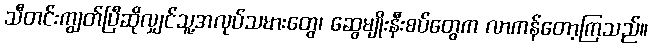
သီတင်းကျွတ်ပြီဆိုလျှင်သူ့အလုပ်သမားတွေ၊ ဆွေမျိုးနီးစပ်တွေက လာကန်တော့ကြသည်။